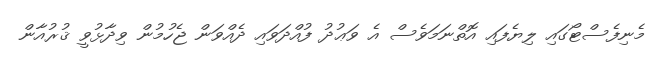
މެނިފެސްޓޯގައި ލިޔެފައި އޮތްނަމަވެސް އެ ވަޢުދު ފުއްދަވައި ދެއްވަން ޖެހުމުން ވިދާޅުވީ ޤުރުއާން